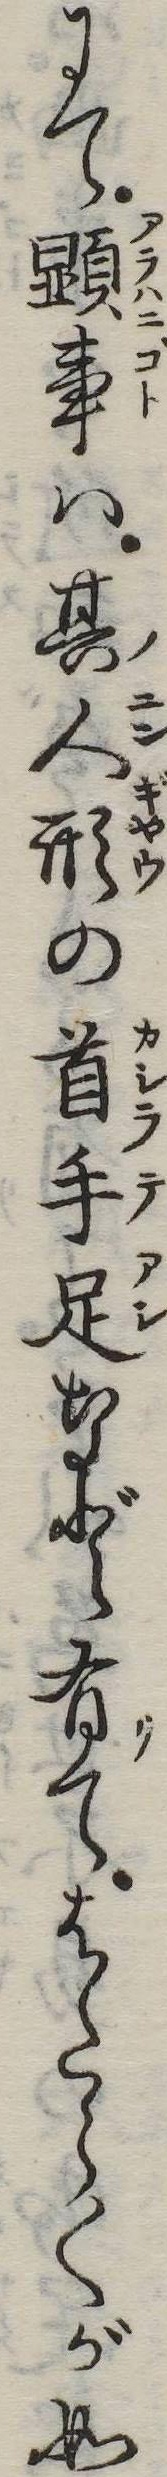
にて顕事は其人形の首手足など有てはたらくが如